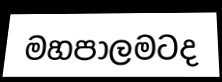
මහපාලමටද